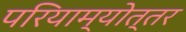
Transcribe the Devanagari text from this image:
परियाम्योत्तर